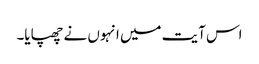
اس آیت میں انہوں نے چھپایا۔